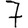
Digit: 7